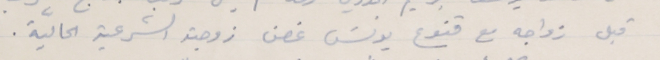
قبل زواجه مع قنوع يونسَ غصن زوجته الشرعية الحاليّة.